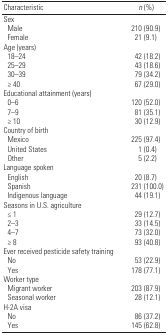
<table><thead><tr><td><b>Characteristic</b></td><td><b><i>n</i> (%)</b></td></tr></thead><tbody><tr><td colspan="2">Sex</td></tr><tr><td> Male</td><td>210 (90.9)</td></tr><tr><td> Female</td><td>21 (9.1)</td></tr><tr><td colspan="2">Age (years)</td></tr><tr><td> 18–24</td><td>42 (18.2)</td></tr><tr><td> 25–29</td><td>43 (18.6)</td></tr><tr><td> 30–39</td><td>79 (34.2)</td></tr><tr><td> ≥ 40</td><td>67 (29.0)</td></tr><tr><td colspan="2">Educational attainment (years)</td></tr><tr><td> 0–6</td><td>120 (52.0)</td></tr><tr><td> 7–9</td><td>81 (35.1)</td></tr><tr><td> ≥ 10</td><td>30 (12.9)</td></tr><tr><td colspan="2">Country of birth</td></tr><tr><td> Mexico</td><td>225 (97.4)</td></tr><tr><td> United States</td><td>1 (0.4)</td></tr><tr><td> Other</td><td>5 (2.2)</td></tr><tr><td colspan="2">Language spoken</td></tr><tr><td> English</td><td>20 (8.7)</td></tr><tr><td> Spanish</td><td>231 (100.0)</td></tr><tr><td> Indigenous language</td><td>44 (19.1)</td></tr><tr><td colspan="2">Seasons in U.S. agriculture</td></tr><tr><td> ≤ 1</td><td>29 (12.7)</td></tr><tr><td> 2–3</td><td>33 (14.5)</td></tr><tr><td> 4–7</td><td>73 (32.0)</td></tr><tr><td> ≥ 8</td><td>93 (40.8)</td></tr><tr><td colspan="2">Ever received pesticide safety training</td></tr><tr><td> No</td><td>53 (22.9)</td></tr><tr><td> Yes</td><td>178 (77.1)</td></tr><tr><td colspan="2">Worker type</td></tr><tr><td> Migrant worker</td><td>203 (87.9)</td></tr><tr><td> Seasonal worker</td><td>28 (12.1)</td></tr><tr><td colspan="2">H-2A visa</td></tr><tr><td> No</td><td>86 (37.2)</td></tr><tr><td> Yes</td><td>145 (62.8)</td></tr></tbody></table>